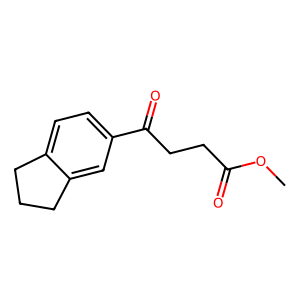
SMILES: COC(=O)CCC(=O)c1ccc2c(c1)CCC2
Inhibits HIV replication: No